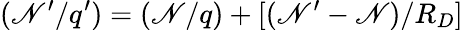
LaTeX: (\mathscr{N}^{\prime}/q^{\prime})=(\mathscr{N}/q)+[(\mathscr{N}^{\prime}-\mathscr{N})/R_{D}]